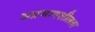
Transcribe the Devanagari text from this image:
अप्रभावशीलता